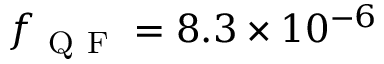
f _ { \mathrm { ~ Q ~ F ~ } } = 8 . 3 \times 1 0 ^ { - 6 }